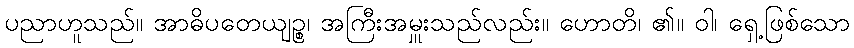
ပညာဟူသည်။ အာဓိပတေယျဉ္စ၊ အကြီးအမှူးသည်လည်း။ ဟောတိ၊ ၏။ ဝါ၊ ရှေ့ဖြစ်သော